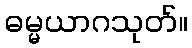
ဓမ္မယာဂသုတ်။